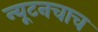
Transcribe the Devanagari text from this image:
न्यूटनचाच